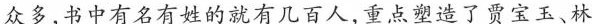
众多，书中有名有姓的就有几百人，重点塑造了贾宝玉、林